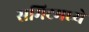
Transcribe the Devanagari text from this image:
समिटमध्ये